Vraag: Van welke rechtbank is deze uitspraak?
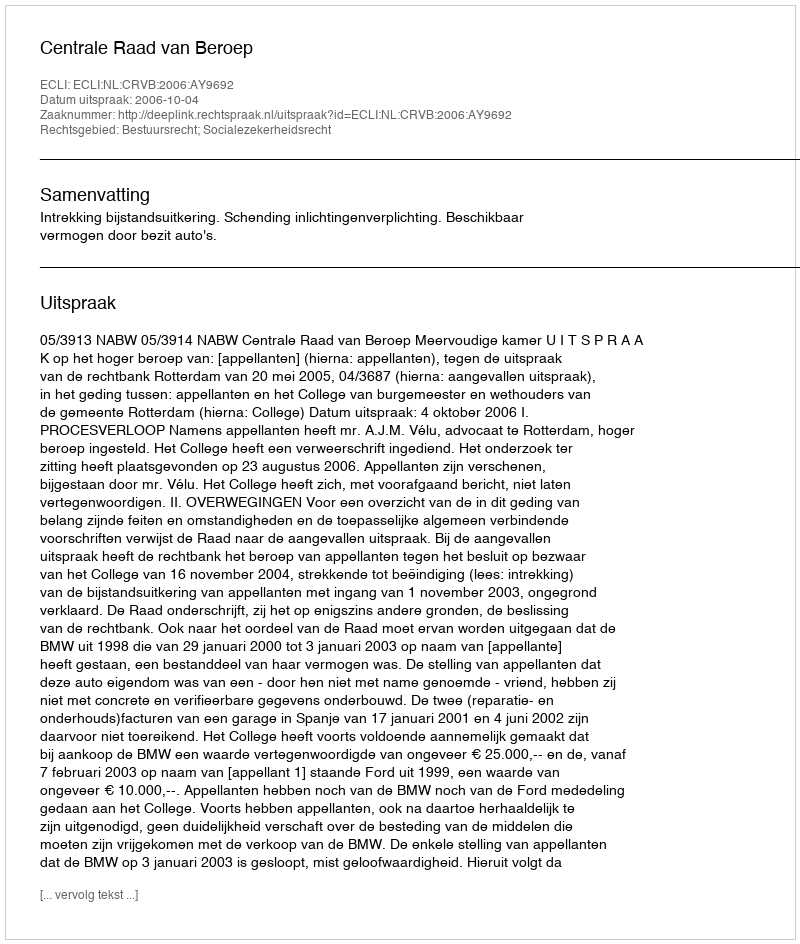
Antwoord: Centrale Raad van Beroep